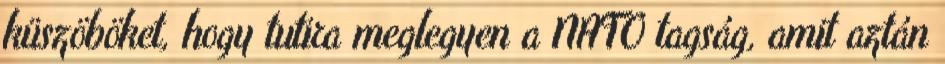
küszöböket, hogy tutira meglegyen a NATO tagság, amit aztán